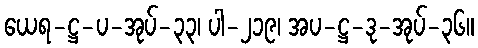
ယေရ-ဋ္ဌ-ပ-အုပ်-၃၃၊ ပါ-၂၁၉၊ အပ-ဋ္ဌ-ဒု-အုပ်-၃၆။